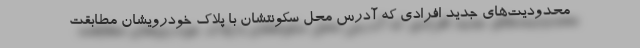
محدودیت‌های جدید افرادی که آدرس محل سکونتشان با پلاک خودرویشان مطابقت